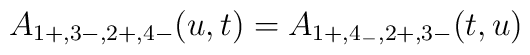
\hspace{-5cm}A_{1+, 3-,2+,4-}(u,t)=A_{1+,4_-, 2+,3-}(t,u)